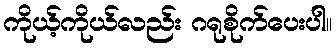
ကိုယ့်ကိုယ်လည်း ဂရုစိုက်ပေးပါ။